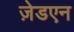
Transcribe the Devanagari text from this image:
ज़ेडएन